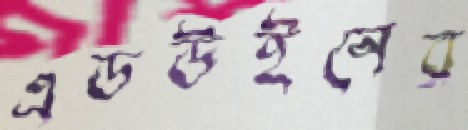
এডউইনের